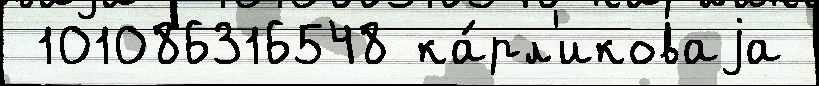
 101086316548 ка́рл'иковаjа